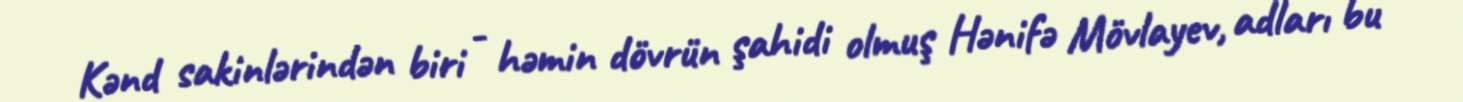
Kənd sakinlərindən biri - həmin dövrün şahidi olmuş Hənifə Mövlayev, adları bu